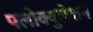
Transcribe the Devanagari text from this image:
फ्लोक्युलेशन